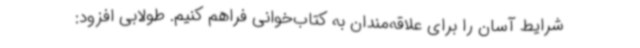
شرایط آسان را برای علاقه‌مندان به کتاب‌خوانی فراهم کنیم. طولابی افزود: